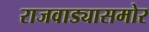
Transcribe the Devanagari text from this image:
राजवाड्यासमोर